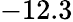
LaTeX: -12.3